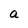
Character: a